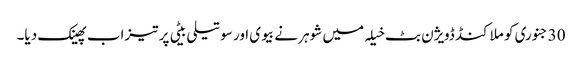
30 جنوری کو ملاکنڈ ڈویژن بٹ خیلہ میں شوہر نے بیوی اور سوتیلی بیٹی پر تیزاب پھینک دیا۔